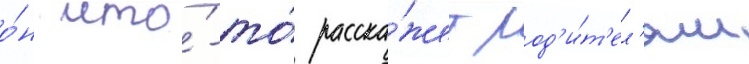
о́н что́-то́ расска́жет род'и́т'ел'ям